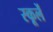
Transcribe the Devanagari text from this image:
स्कूलें